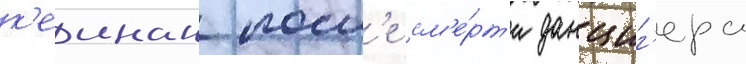
к'еинан посл'е см'е́рт'и данциг'ера